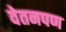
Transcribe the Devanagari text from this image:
वेतनपण